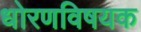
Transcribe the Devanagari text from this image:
धोरणविषयक